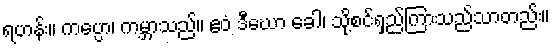
ရဟန်း။ ကပ္ပော၊ ကမ္ဘာသည်။ ဧဝံ ဒီဃော ခေါ၊ သို့စင်ရှည်ကြာသည်သာတည်း။